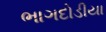
ભાગદોડીયા